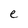
Character: e